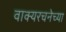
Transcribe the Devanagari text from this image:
वाक्यरचनेच्या